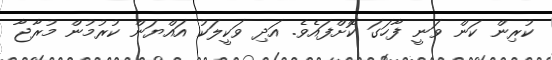
ކުރިން ކަން ވަނީ ފާހަގަ ކޮށްފައެވެ. އަދި ވަކީލަކު އައްޔަން ކުރުމުން މުރާޖާ